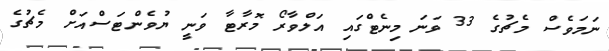
ނަމަވެސް މެޗުގެ 33 ވަނަ މިނެޓްގައި އަލްވާރޯ މޮރާޓާ ވަނީ ޔުވެންޓަސްއަށް މެޗުގެ